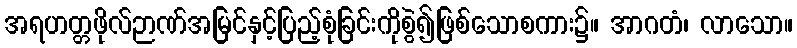
အရဟတ္တဖိုလ်ဉာဏ်အမြင်နှင့်ပြည့်စုံခြင်းကိုစွဲ၍ဖြစ်သောစကား၌။ အာဂတံ၊ လာသော။